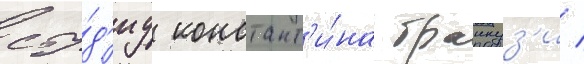
сту́д'иу констант'и́на бранкуз'и /